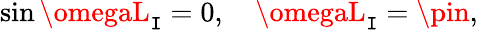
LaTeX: \sin\omegaL_{\mathtt{I}}=0,~~~~\omegaL_{\mathtt{I}}=\pin,